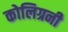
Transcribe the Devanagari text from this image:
कोलिग्रनी